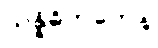
သန္နိဓိကတေန